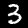
Label: 3